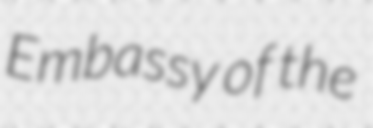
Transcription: Embassy of the